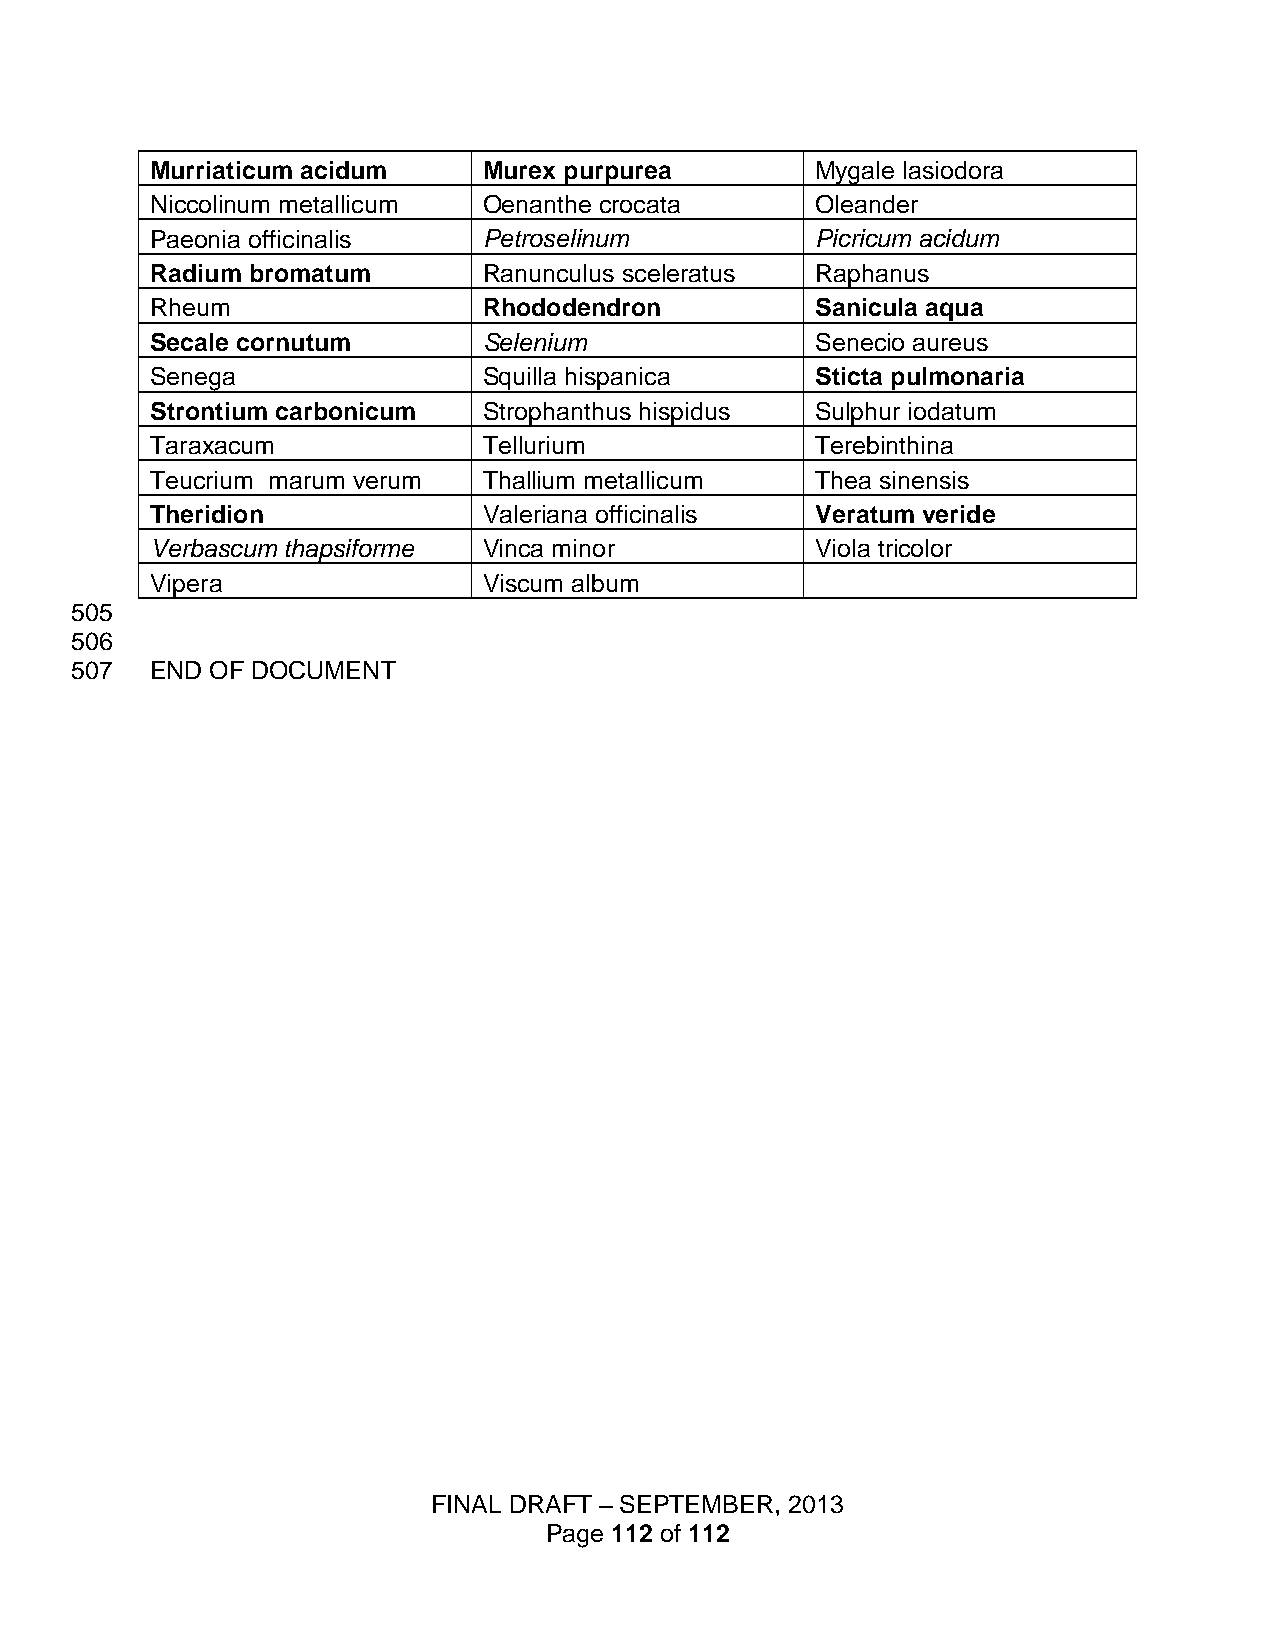
Murriaticum acidum    Murex purpurea        Mygale lasiodora
 Niccolinum metallicum Oenanthe crocata      Oleander
 Paeonia officinalis   Petroselinum          Picricum acidum
 Radium bromatum       Ranunculus sceleratus Raphanus
 Rheum                 Rhododendron          Sanicula aqua
 Secale cornutum       Selenium              Senecio aureus
 Senega                Squilla hispanica     Sticta pulmonaria
 Strontium carbonicum  Strophanthus hispidus Sulphur iodatum
 Taraxacum             Tellurium             Terebinthina
 Teucrium marum verum  Thallium metallicum   Thea sinensis
 Theridion             Valeriana officinalis Veratum veride
 Verbascum thapsiforme Vinca minor           Viola tricolor
 Vipera                Viscum album
 505
 506
 507  END OF DOCUMENT
 FINAL DRAFT – SEPTEMBER, 2013
 Page 112 of 112